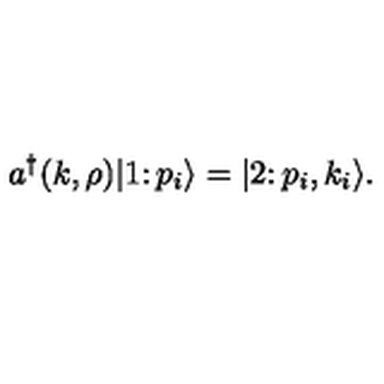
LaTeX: a ^ { \dagger } ( k , \rho ) \vert 1 \colon p _ { i } \rangle = \vert 2 \colon p _ { i } , k _ { i } \rangle .